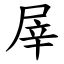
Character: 屖